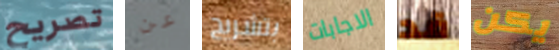
تصريح عن بتشريح الاجابات قد يكن